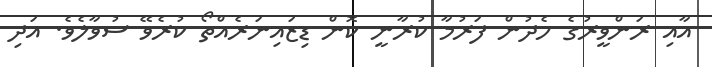
އާއި ރަންވީރުގެ ހެދުން ފަރުމާ ކުރާނީ ކޮން ޑިޒައިނަރެއްތޯ ކުރެވޭ ސުވާލެވެ. އަދި